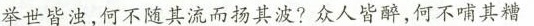
举世皆浊，何不随其流而扬其波?众人皆醉，何不哺其糟